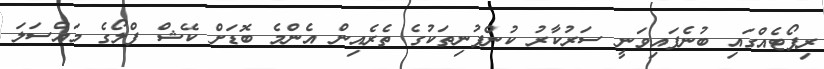
ރިޕޯޓެއްގައި ބުނެފައިވަނީ ސަރުކާރު ކުންފުނިތަކުގެ ތެރެއިން އެންމެ ބޮޑަށް ކޭޝް ފްލޯގެ މައްސަލަ